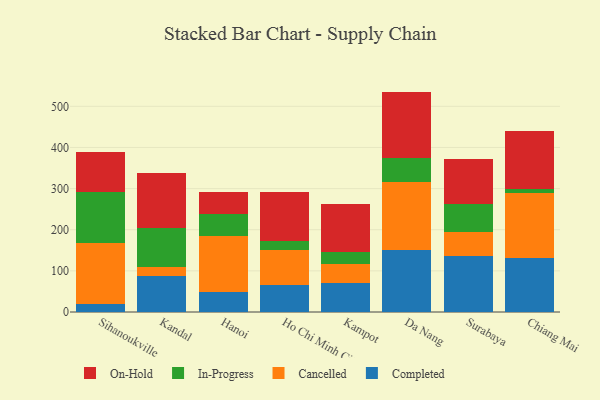
{"axis": {"x": "City", "y": "Satisfaction Score"}, "legend": ["Cancelled", "Completed", "In-Progress", "On-Hold"], "data": [{"x": "Sihanoukville", "y": 18.3, "type": "Completed"}, {"x": "Sihanoukville", "y": 148.8, "type": "Cancelled"}, {"x": "Sihanoukville", "y": 125.0, "type": "In-Progress"}, {"x": "Sihanoukville", "y": 96.9, "type": "On-Hold"}, {"x": "Kandal", "y": 87.1, "type": "Completed"}, {"x": "Kandal", "y": 21.5, "type": "Cancelled"}, {"x": "Kandal", "y": 95.5, "type": "In-Progress"}, {"x": "Kandal", "y": 134.6, "type": "On-Hold"}, {"x": "Hanoi", "y": 49.6, "type": "Completed"}, {"x": "Hanoi", "y": 135.7, "type": "Cancelled"}, {"x": "Hanoi", "y": 53.6, "type": "In-Progress"}, {"x": "Hanoi", "y": 51.7, "type": "On-Hold"}, {"x": "Ho Chi Minh City", "y": 65.9, "type": "Completed"}, {"x": "Ho Chi Minh City", "y": 85.0, "type": "Cancelled"}, {"x": "Ho Chi Minh City", "y": 21.4, "type": "In-Progress"}, {"x": "Ho Chi Minh City", "y": 120.6, "type": "On-Hold"}, {"x": "Kampot", "y": 70.1, "type": "Completed"}, {"x": "Kampot", "y": 45.7, "type": "Cancelled"}, {"x": "Kampot", "y": 30.5, "type": "In-Progress"}, {"x": "Kampot", "y": 115.1, "type": "On-Hold"}, {"x": "Da Nang", "y": 149.9, "type": "Completed"}, {"x": "Da Nang", "y": 166.5, "type": "Cancelled"}, {"x": "Da Nang", "y": 57.2, "type": "In-Progress"}, {"x": "Da Nang", "y": 162.2, "type": "On-Hold"}, {"x": "Surabaya", "y": 135.3, "type": "Completed"}, {"x": "Surabaya", "y": 60.3, "type": "Cancelled"}, {"x": "Surabaya", "y": 65.8, "type": "In-Progress"}, {"x": "Surabaya", "y": 110.6, "type": "On-Hold"}, {"x": "Chiang Mai", "y": 130.9, "type": "Completed"}, {"x": "Chiang Mai", "y": 158.5, "type": "Cancelled"}, {"x": "Chiang Mai", "y": 10.2, "type": "In-Progress"}, {"x": "Chiang Mai", "y": 139.9, "type": "On-Hold"}]}